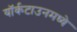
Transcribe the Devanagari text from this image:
यॉर्कटाउनमध्ये